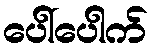
ပေါ်ပေါက်